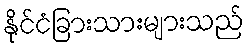
နိုင်ငံခြားသားများသည်